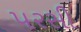
પરસી